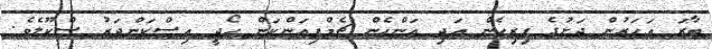
ބާރަ އަހަރުން ދަށުގެ ފިރިހެން އަދި އަންހެން ޗެމްޕިއަންކަން ހޯދީ އިސްކަންދަރު ސްކޫލެވެ.